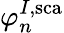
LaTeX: \varphi_{n}^{I,\mathrm{sca}}